Annual statistical returns and brief notes on vaccination in Bengal - 1909-1929
Year: 1909
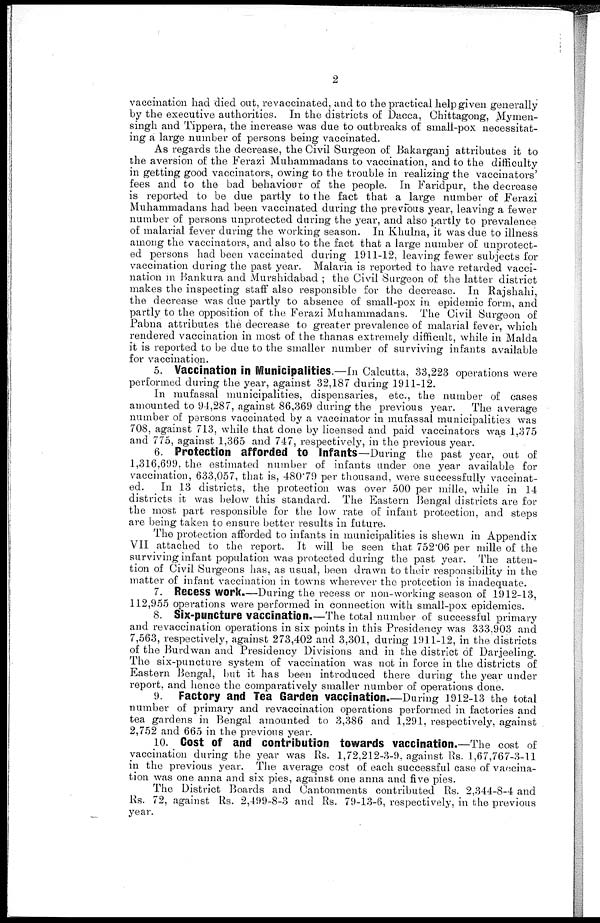
2
vaccination had died out, revaccinated, and to the practical help given generally
by the executive authorities. In the districts of Dacca, Chittagong, Mymen¬
singh and Tippera, the increase was due to outbreaks of small-pox necessitat-
ing a large number of persons being vaccinated.
As regards the decrease, the Civil Surgeon of Bakarganj attributes it to
the aversion of the Ferazi Muhammadans to vaccination, and to the difficulty
in getting good vaccinators, owing to the trouble in realizing the vaccinators'
fees and to the bad behaviour of the people. In Faridpur, the decrease
is reported to be due partly to the fact that a large number of Ferazi
Muhammadans had been vaccinated during the previous year, leaving a fewer
number of persons unprotected during the year, and also partly to prevalence
of malarial fever during the working season. In Khulna, it was due to illness
among the vaccinators, and also to the fact that a large number of unprotect-
ed persons had been vaccinated during 1911-12, leaving fewer subjects for
vaccination during the past year. Malaria is reported to have retarded vacci-
nation in Bankura and Murshidabad ; the Civil Surgeon of the latter district
makes the inspecting staff also responsible for the decrease. In Rajshahi,
the decrease was due partly to absence of small-pox in epidemic form, and
partly to the opposition of the Ferazi Muhammadans. The Civil Surgeon of
Pabna attributes the decrease to greater prevalence of malarial fever, which
rendered vaccination in most of the thanas extremely difficult, while in Malda
it is reported to be due to the smaller number of surviving infants available
for vaccination.
5. Vaccination in Municipalities.—In Calcutta, 33,223 operations were
performed during the year, against 32,187 during 1911-12.
In mufassal municipalities, dispensaries, etc., the number of cases
amounted to 94,287, against 86,369 during the previous year. The average
number of parsons vaccinated by a vaccinator in mufassal municipalities was
708, against 713, while that done by licensed and paid vaccinators was 1,375
and 775, against 1,365 and 747, respectively, in the previous year.
6. Protection afforded to Infants—During the past year, out of
1,316,699, the estimated number of infants under one year available for
vaccination, 633,057, that is, 480.79 per thousand, were successfully vaccinat-
ed. In 13 districts, the protection was over 500 per mille, while in 14
districts it was below this standard. The Eastern Bengal districts are for
the most part responsible for the low rate of infant protection, and steps
are being taken to ensure better results in future.
The protection afforded to infants in municipalities is shewn in Appendix
VII attached to the report. It will be seen that 752.06 per mille of the
surviving infant population was protected during the past year. The atten-
tion of Civil Surgeons has, as usual, been drawn to their responsibility in the
matter of infant vaccination in towns wherever the protection is inadequate.
7. Recess work.—During the recess or non-working season of 1912-13,
112,955 operations were performed in connection with small-pox epidemics.
8. Six-puncture vaccination.—The total number of successful primary
and revaccination operations in six points in this Presidency was 333,903 and
7,563, respectively, against 273,402 and 3,301, during 1911-12, in the districts
of the Burdwan and Presidency Divisions and in the district of Darjeeling.
The six-puncture system of vaccination was not in force in the districts of
Eastern Bengal, but it has been introduced there during the year under
report. and hence the comparatively smaller number of operations done.
9. Factory and Tea Garden vaccination.—During 1912-13 the total
number of primary and revaccination operations performed in factories and
tea gardens in Bengal amounted to 3,386 and 1,291, respectively, against
2,752 and 665 in the previous year.
10. Cost of and contribution towards vaccination.—The cost of
vaccination during the year was Rs. 1,72,212-3-9. against Rs. 1,67,767-3-11
in the previous year. The average cost of each successful case of vaccina-
tion was one anna and six pies, against one anna and five pies.
The District Boards and Cantonments contributed Rs. 2,344-8-4 and
Rs. 72, against Rs. 2,499-8-3 and Rs. 79-13-6, respectively, in the previous
year.